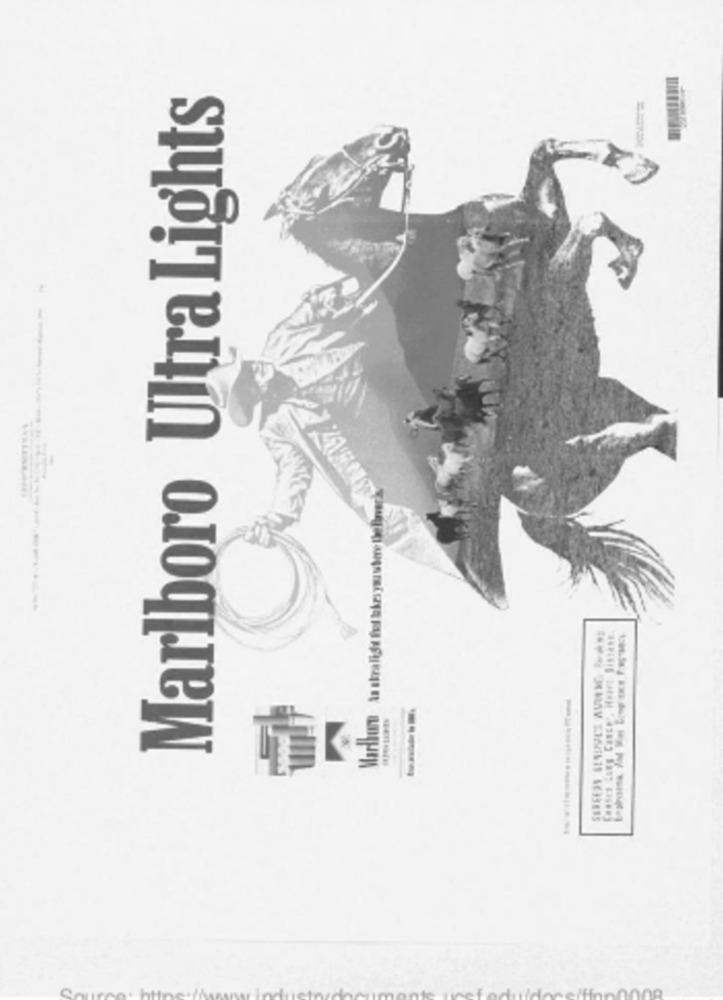
Marlboro Ultra Lights
An stralide fol takes yası
Marlon
---